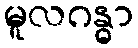
မူလဂန္ဓာ